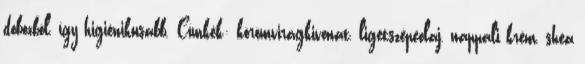
dobozból, így higiénikusabb. Címkék: körömvirágkivonat, ligetszépeolaj, nappali krém, shea